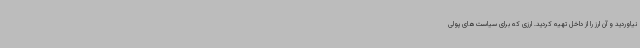
نیاوردید و آن ارز را از داخل تهیه کردید. ارزی که برای سیاست‌های پولی